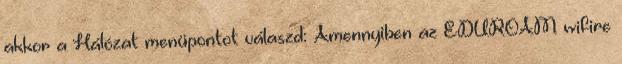
akkor a Hálózat menüpontot válaszd: Amennyiben az EDUROAM wifire